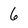
Character: 6